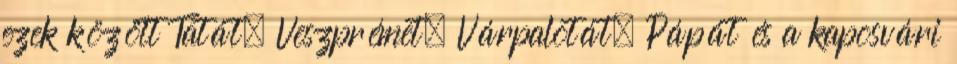
ezek között Tatát, Veszprémet, Várpalotát, Pápát és a kaposvári